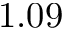
1 . 0 9